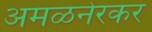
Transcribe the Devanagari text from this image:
अमळनेरकर